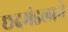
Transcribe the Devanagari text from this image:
छदमंडलाने